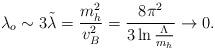
LaTeX: \begin{align*}\lambda_o\sim 3\tilde\lambda={{m^2_h}\over{v^2_B}}= {{8\pi^2}\over{3\ln {{\Lambda}\over{m_h}} }}\to 0.\end{align*}